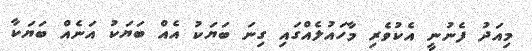
މިއަދު ފެނުނީ އެކުވެރި މާހައުލެއްގައި ގިނަ ބަޔަކު އެއް ބަޔަކު އަނެއް ބަޔަކާ